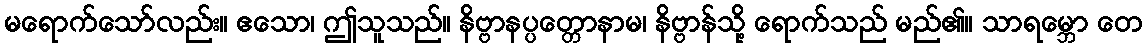
မရောက်သော်လည်း။ ဧသော၊ ဤသူသည်။ နိဗ္ဗာနပ္ပတ္တောနာမ၊ နိဗ္ဗာန်သို့ ရောက်သည် မည်၏။ သာရမ္ဘော တေ